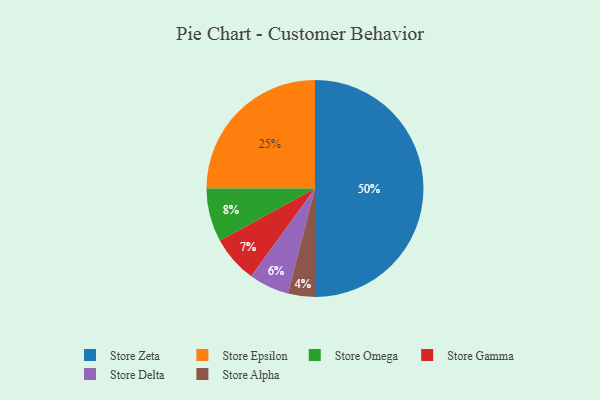
{"axis": {"x": "Category", "y": "Percentage"}, "legend": ["Store Alpha", "Store Delta", "Store Epsilon", "Store Gamma", "Store Omega", "Store Zeta"], "data": [{"x": "Store Epsilon", "y": 25, "type": "Store Epsilon"}, {"x": "Store Omega", "y": 8, "type": "Store Omega"}, {"x": "Store Gamma", "y": 7, "type": "Store Gamma"}, {"x": "Store Alpha", "y": 4, "type": "Store Alpha"}, {"x": "Store Zeta", "y": 50, "type": "Store Zeta"}, {"x": "Store Delta", "y": 6, "type": "Store Delta"}]}